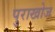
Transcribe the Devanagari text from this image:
पुराखोज